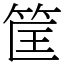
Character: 筐